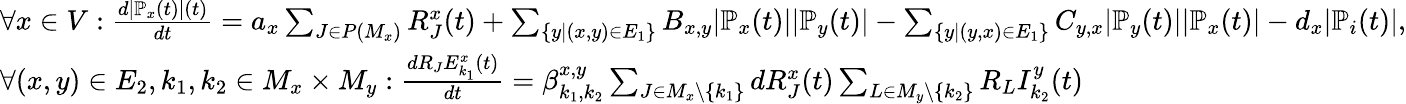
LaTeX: \begin{array}{l}{\forall x\in V:\frac{d|\mathbb{P}_{x}(t)|(t)}{dt}=a_{x}\sum_{J\in P(M_{x})}R_{J}^{x}(t)+\sum_{\{ y|(x,y)\in E_{1}\} }B_{x,y}|\mathbb{P}_{x}(t)||\mathbb{P}_{y}(t)|-\sum_{\{ y|(y,x)\in E_{1}\} }C_{y,x}|\mathbb{P}_{y}(t)||\mathbb{P}_{x}(t)|-d_{x}|\mathbb{P}_{i}(t)|,}\\ {\forall(x,y)\in E_{2},k_{1},k_{2}\in M_{x}\times M_{y}:\frac{dR_{J}E_{k_{1}}^{x}(t)}{dt}=\beta_{k_{1},k_{2}}^{x,y}\sum_{J\in M_{x}\backslash\{ k_{1}\} }dR_{J}^{x}(t)\sum_{L\in M_{y}\backslash\{ k_{2}\} }R_{L}I_{k_{2}}^{y}(t)}\end{array}